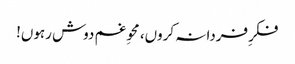
فکرِ فردا نہ کروں، محوِ غم دوش رہوں!